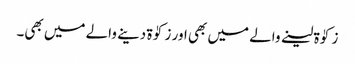
زکوٰۃ لینے والے میں بھی اور زکوٰۃ دینے والے میں بھی۔